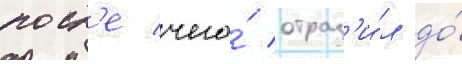
посл'е чего́ отраз'и́л до́